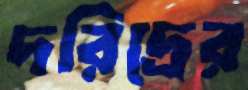
দরিদ্রের